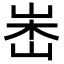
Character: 𡷼